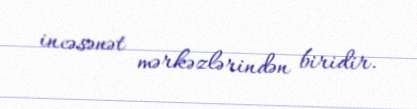
incəsənət mərkəzlərindən biridir.